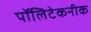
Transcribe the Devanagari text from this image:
पॉलिटेकनीक